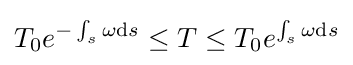
T_{0}e^{-\int _{s}\omega \mathrm {d} s}\leq T\leq T_{0}e^{\int _{s}\omega \mathrm {d} s}